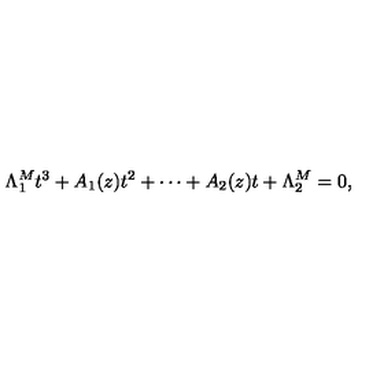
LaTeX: \Lambda _ { 1 } ^ { M } t ^ { 3 } + A _ { 1 } ( z ) t ^ { 2 } + \cdots + A _ { 2 } ( z ) t + \Lambda _ { 2 } ^ { M } = 0 ,